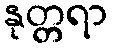
နုတ္တရာ